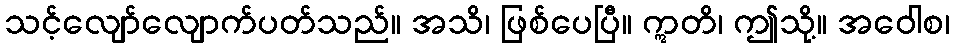
သင့်လျော်လျောက်ပတ်သည်။ အသိ၊ ဖြစ်ပေပြီ။ ဣတိ၊ ဤသို့။ အဝေါစ၊